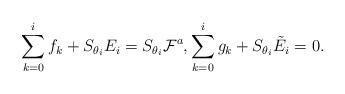
LaTeX: \begin{align*}\sum^{i}_{k=0}f_k+S_{\theta_i}E_i=S_{\theta_i}\mathcal{F}^a,\sum^{i}_{k=0}g_k+S_{\theta_i}\tilde{E}_i=0.\end{align*}